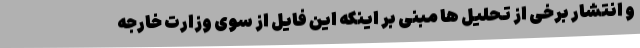
و انتشار برخی از تحلیل ها مبنی بر اینکه این فایل از سوی وزارت خارجه